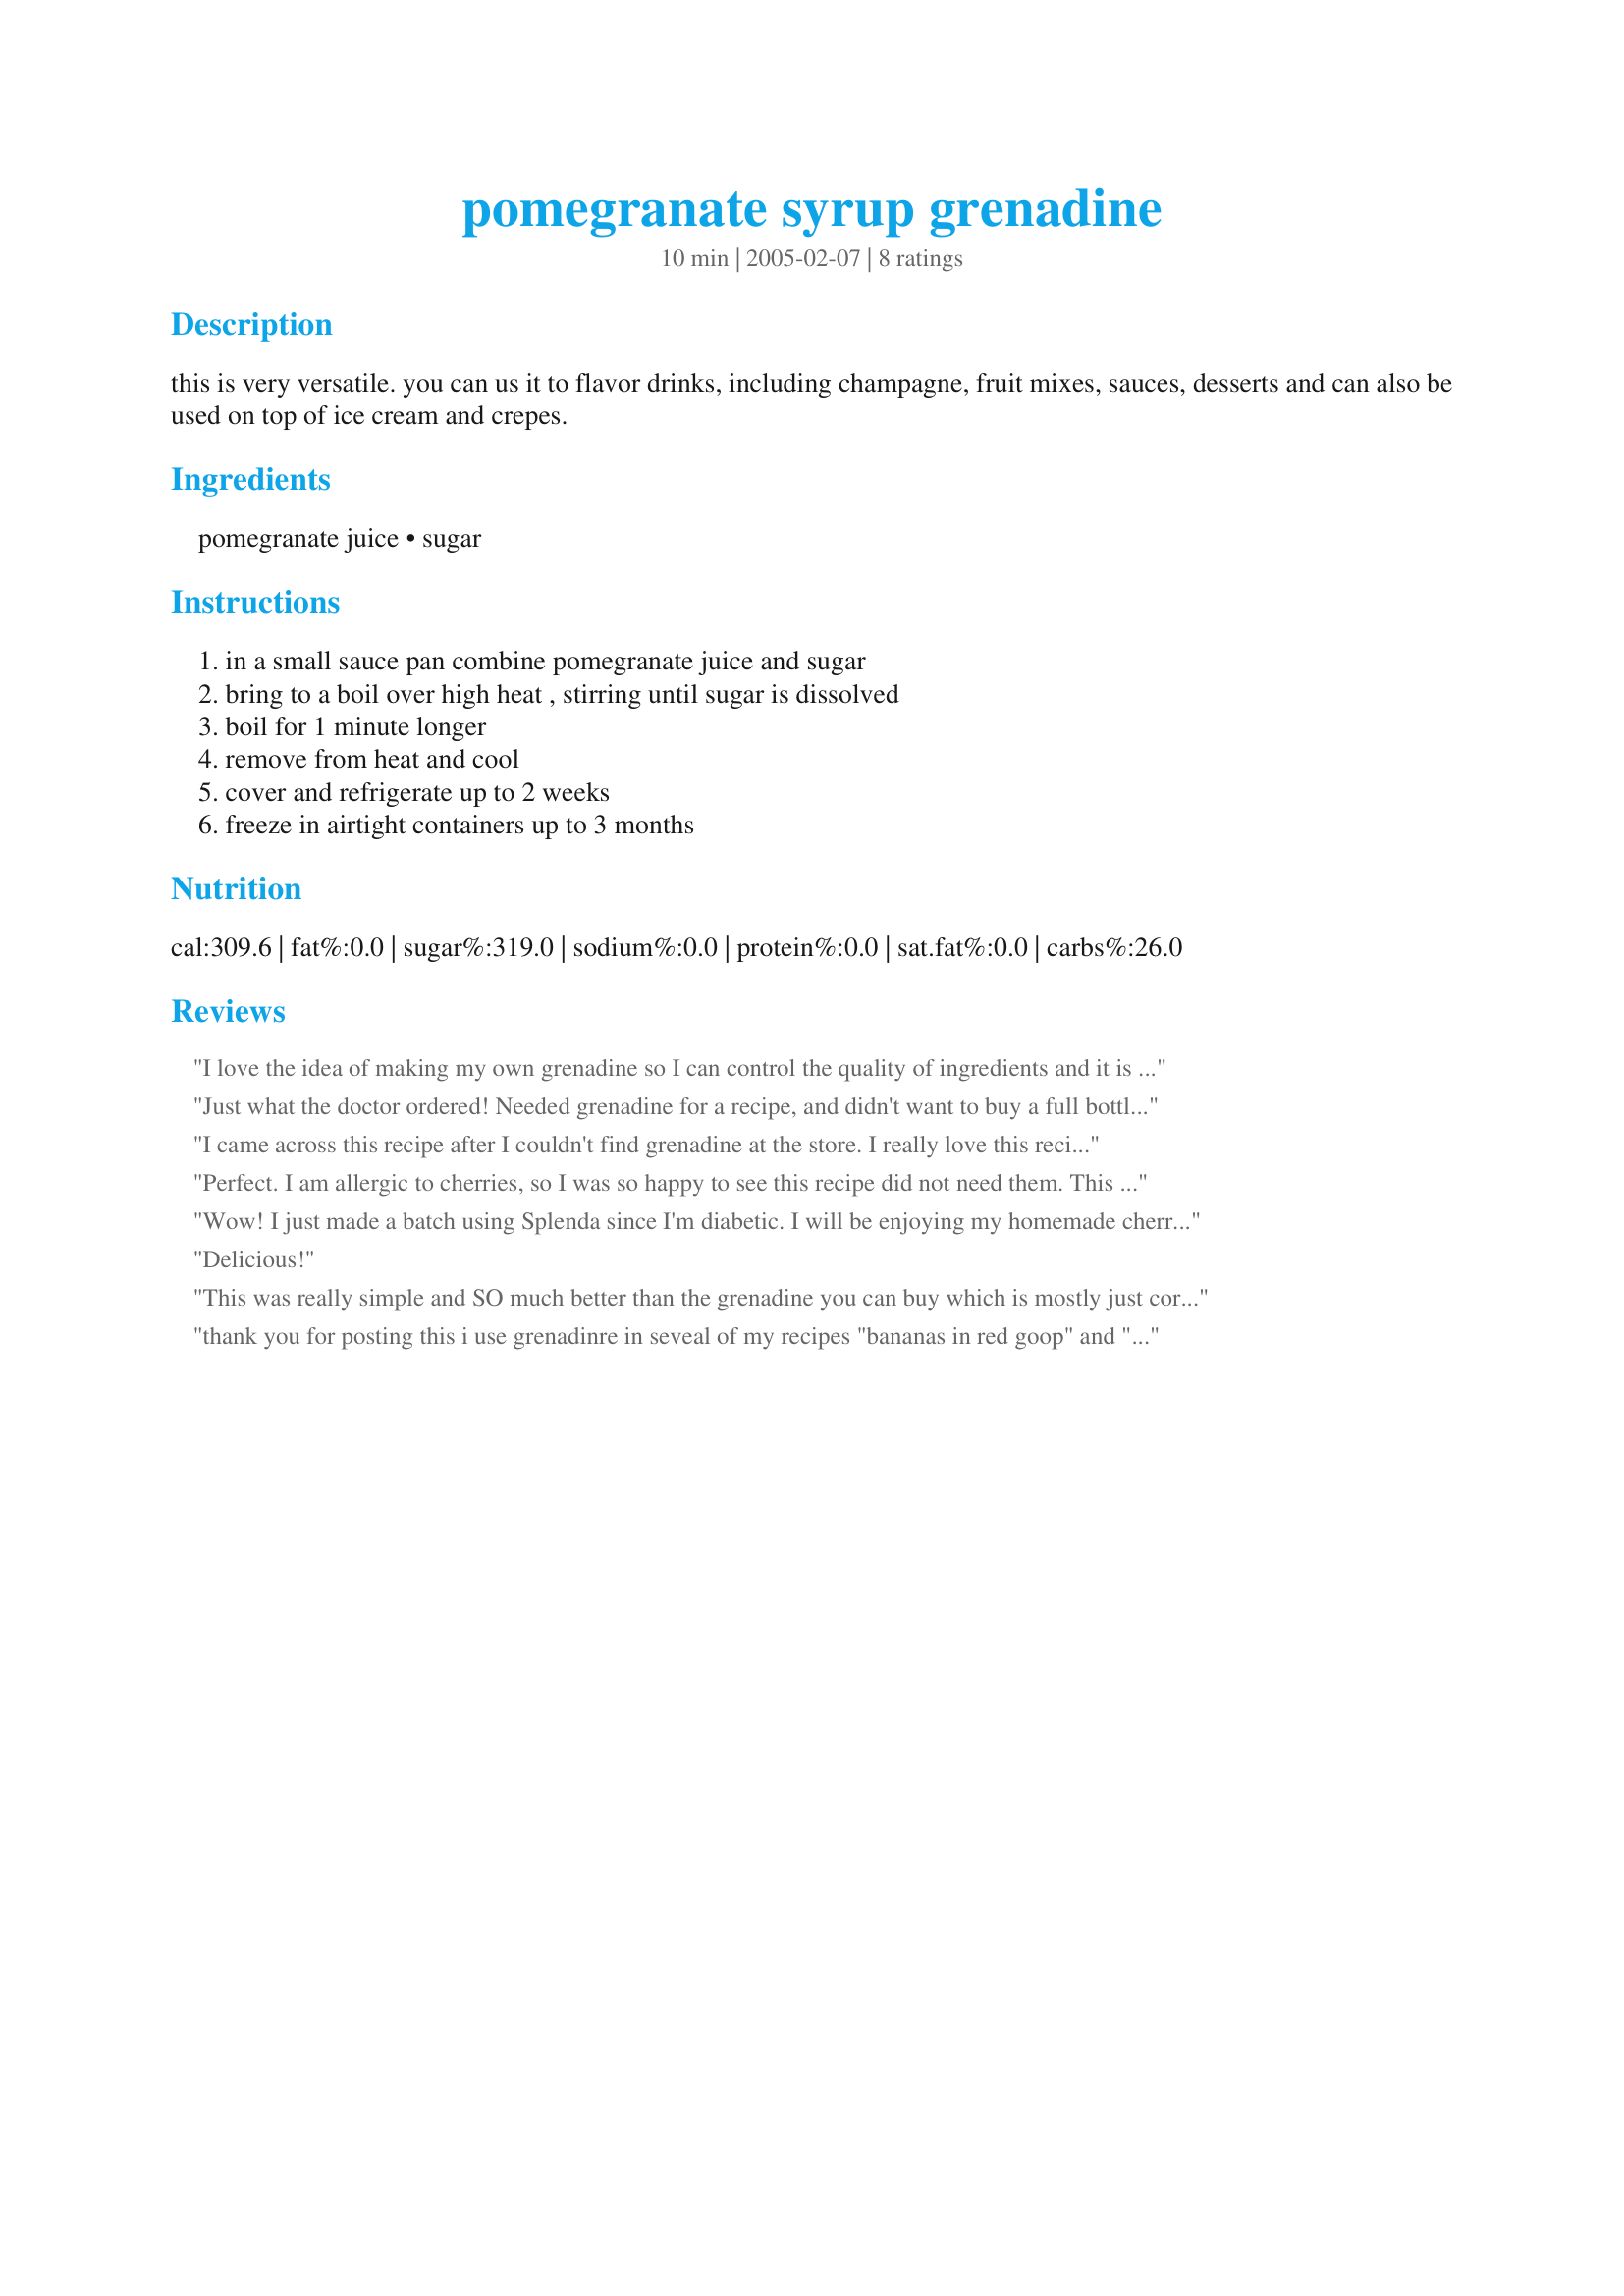
pomegranate syrup grenadine
Preparation time: 10 minutes

this is very versatile. you can us it to flavor drinks, including champagne, fruit mixes, sauces, desserts and can also be used on top of ice cream and crepes.

Ingredients:
pomegranate juice, sugar

Steps:
in a small sauce pan combine pomegranate juice and sugar, bring to a boil over high heat , stirring until sugar is dissolved, boil for 1 minute longer, remove from heat and cool, cover and refrigerate up to 2 weeks, freeze in airtight containers up to 3 months

Reviews:
I love the idea of making my own grenadine so I can control the quality of ingredients and it is so much more economical. Thank you, CoffeeMom, for a great recipe! Initially for Recipe #322795 and Recipe #178833. Made for the Think Pink Tag Game In Honor of Breast Cancer Awareness, October 2008.
Just what the doctor ordered! Needed grenadine for a recipe, and didn't want to buy a full bottle of the stuff. Trust 'Zaar to have exactly the recipe I needed! Thnx so much for posting, CoffeeMom.
I came across this recipe after I couldn't find grenadine at the store. I really love this recipe. The syrup is very easy to make and tastes great. I used it in a tequila sunrise, and will probably start flavoring my iced tea with it as well. I love the freezer tip as well; I made extra to store there for later. Thanks for the recipe!
Perfect. I am allergic to cherries, so I was so happy to see this recipe did not need them. This grenadine was absolutely perfect and so very delicious. Thank you SO much! Your recipe made my New Year's Eve!
Wow! I just made a batch using Splenda since I'm diabetic. I will be enjoying my homemade cherry lime-aids again. The hardest part was finding the juice. Thanks.
Delicious!
This was really simple and SO much better than the grenadine you can buy which is mostly just corn syrup. Thanks for the recipe!
 thank you for posting this i use grenadinre in seveal of my recipes "bananas in red goop" and "roy rogers" and this comes in real handy thanks for posting dee
